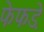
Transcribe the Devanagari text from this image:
फेफडे़